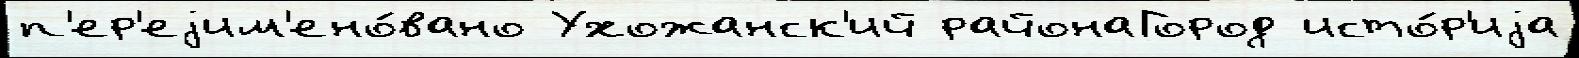
п'ер'еjим'ено́вано Ухожанск'ий районаГород исто́р'иjа